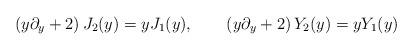
LaTeX: \begin{align*}\left(y\partial_y+2\right)J_2(y)=yJ_1(y), \qquad\left(y\partial_y+2\right)Y_2(y)=yY_1(y)\end{align*}